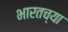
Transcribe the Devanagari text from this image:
भारतच्या